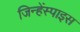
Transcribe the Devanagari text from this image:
जिन्हेंस्पाइस